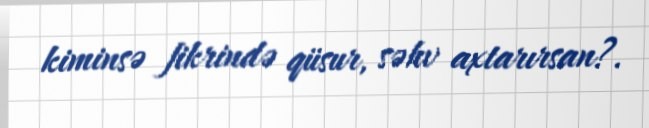
kiminsə fikrində qüsur, səhv axtarırsan?.